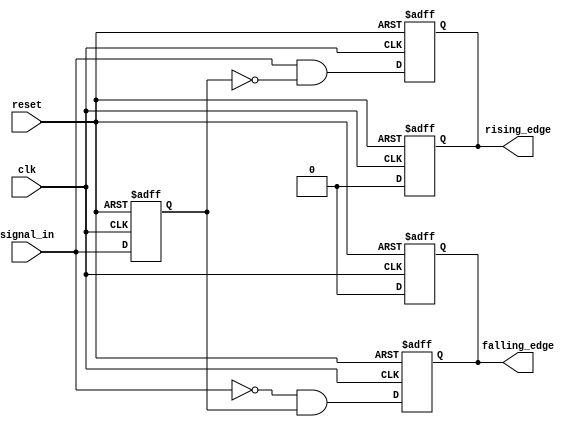
module dual_edge_detector (
    input wire clk,             // Clock signal
    input wire reset,           // Asynchronous reset signal
    input wire signal_in,       // Input signal to detect edges
    output reg rising_edge,     // Output pulse for rising edge detection
    output reg falling_edge      // Output pulse for falling edge detection
);

    // Memory block to store the previous state of the input signal
    reg previous_state;

    // Always block triggered on the rising edge of the clock
    always @(posedge clk or posedge reset) begin
        if (reset) begin
            previous_state <= 1'b0; // Reset previous state
            rising_edge <= 1'b0;     // Reset rising edge output
            falling_edge <= 1'b0;    // Reset falling edge output
        end else begin
            // Edge detection logic
            rising_edge <= (signal_in && !previous_state); // Rising edge detected
            falling_edge <= (!signal_in && previous_state); // Falling edge detected
            
            // Update previous state to current signal_in
            previous_state <= signal_in;
        end
    end

    // Always block to reset outputs after one clock cycle
    always @(posedge clk or posedge reset) begin
        if (reset) begin
            rising_edge <= 1'b0;     // Reset rising edge output
            falling_edge <= 1'b0;    // Reset falling edge output
        end else begin
            // Reset outputs after one clock cycle
            rising_edge <= 1'b0;
            falling_edge <= 1'b0;
        end
    end

endmodule